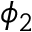
\phi _ { 2 }